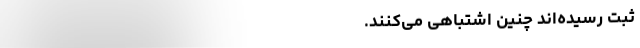
ثبت رسیده‌اند چنین اشتباهی می‌‌‌‌‌‌‌‌‌‌‌‌‌‌‌‌‌‌‌‌‌‌‌‌‌‌‌‌‌‌‌‌‌‌‌کنند.